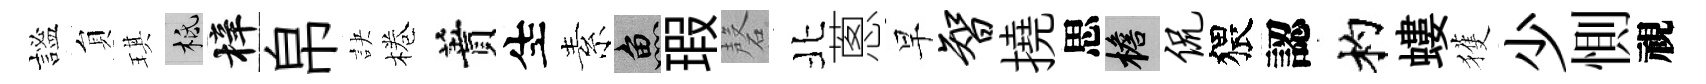
謐貟琪柢梓帛訣棬蕡生素魚瑕磬北蔥早智撓思檐侃猥認杓螻獲少惻視